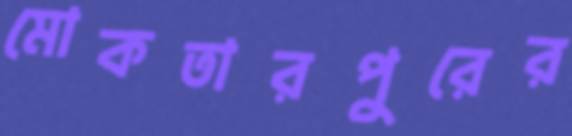
মোকতারপুরের